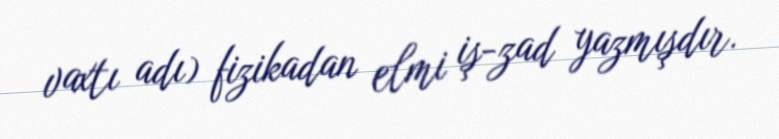
vaxtı adı) fizikadan elmi iş-zad yazmışdır.